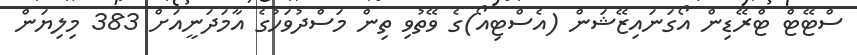
ސްޓޭޓް ޓްރޭޑިން އޯގަނައިޒޭޝަން (އެސްޓިއޯ)ގެ ވޭތުވި ތިން މަސްދުވަހުގެ އާމަދަނީއަށް 383 މިލިޔަން